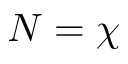
N = \chi